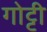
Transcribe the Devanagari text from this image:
गोट्टी